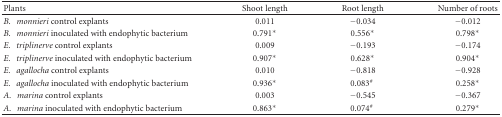
<table><thead><tr><td><b>Plants</b></td><td><b>Shoot length</b></td><td><b>Root length</b></td><td><b>Number of roots</b></td></tr></thead><tbody><tr><td><i>B.monnieri</i> control explants</td><td>0.011</td><td>−0.034</td><td>−0.012</td></tr><tr><td><i>B.monnieri</i> inoculated with endophytic bacterium</td><td>0.791<sup>∗</sup></td><td>0.556<sup>∗</sup></td><td>0.798<sup>∗</sup></td></tr><tr><td><i>E.triplinerve</i> control explants</td><td>0.009</td><td>−0.193</td><td>−0.174</td></tr><tr><td><i>E.triplinerve</i> inoculated with endophytic bacterium</td><td>0.907<sup>∗</sup></td><td>0.628<sup>∗</sup></td><td>0.904<sup>∗</sup></td></tr><tr><td><i>E.agallocha</i> control explants</td><td>0.010</td><td>−0.818</td><td>−0.928</td></tr><tr><td><i>E.agallocha</i> inoculated with endophytic bacterium</td><td>0.936<sup>∗</sup></td><td>0.083<sup>#</sup></td><td>0.258<sup>∗</sup></td></tr><tr><td><i>A.marina</i> control explants</td><td>0.003</td><td>−0.545</td><td>−0.367</td></tr><tr><td><i>A.marina</i> inoculated with endophytic bacterium</td><td>0.863<sup>∗</sup></td><td>0.074<sup>#</sup></td><td>0.279<sup>∗</sup></td></tr></tbody></table>